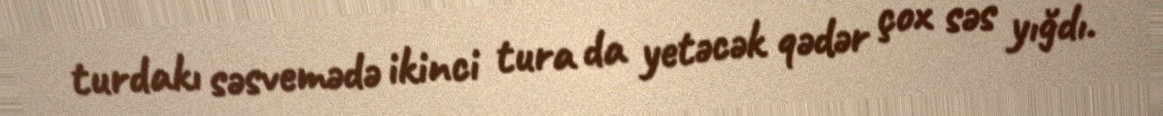
turdakı səsvemədə ikinci tura da yetəcək qədər çox səs yığdı.